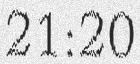
21:20